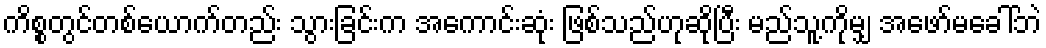
ကိစ္စတွင်တစ်ယောက်တည်း သွားခြင်းက အကောင်းဆုံး ဖြစ်သည်ဟုဆိုပြီး မည်သူ့ကိုမျှ အဖော်မခေါ်ဘဲ